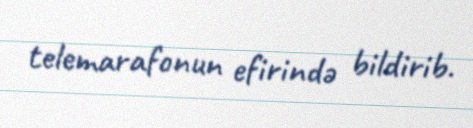
telemarafonun efirində bildirib.